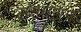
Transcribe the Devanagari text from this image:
लक्षमणन